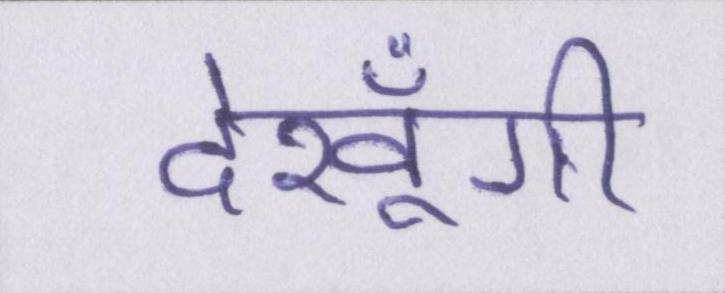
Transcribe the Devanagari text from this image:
देखूँगी